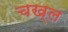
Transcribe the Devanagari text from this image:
चख्ल